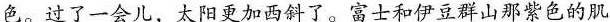
色。过了一会儿，太阳更加西斜了。富士和伊豆群山紫色的肌